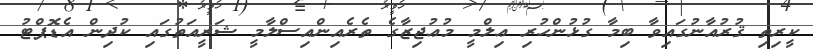
ކީރިތި ޤުރުއާނުގައިވާ ބިމާ ގުޅުންހުރި ޢިލްމީ މުޢުޖިޒާގެ ތެރެއިންއިސްލާމީ ޝަރީއަތުގައި ކުދިން އެޑޮޕްޓު